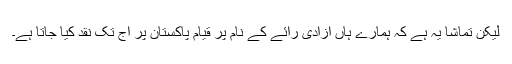
لیکن تماشا یہ ہے کہ ہمارے ہاں آزادی رائے کے نام پر قیام پاکستان پر آج تک نقد کیا جاتا ہے۔